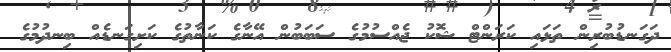
ދަގަނޑުބުރިން ތަޅައި ކަރަންޓް ޝޮކު ޖެއްސުމުގެ ސަބަބުން އޭނާގެ ކަނާތުގެ ކަށިގަނޑެއް ބިނދުމުގެ